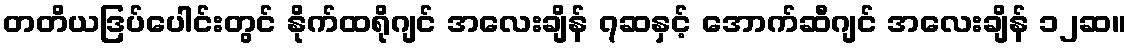
တတိယဒြပ်ပေါင်းတွင် နိုက်ထရိုဂျင် အလေးချိန် ၇ဆနှင့် အောက်ဆီဂျင် အလေးချိန် ၁၂ဆ။